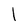
Character: l